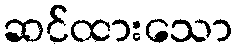
ဆင်ထားသော